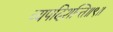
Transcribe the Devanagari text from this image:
व्यपदिशन्ति॥९॥